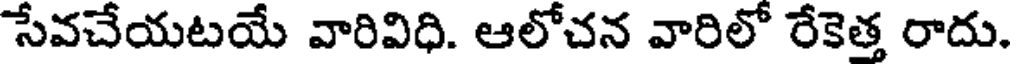
సేవచేయటయే వారివిధి. ఆలోచన వారిలో రేకెత్త రాదు.